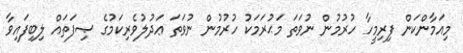
މިއަމާންކަން ފިރިމީހާ ހުރުމުން ނުވަތަ މަޙުރަމަކު ހުރުމުން ނުވަތަ ޢަދުލުވެރިކަމުގެ ޞިފަތައް ލިބިފައިވާ